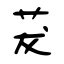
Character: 茇